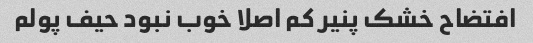
افتضاح خشک پنیر کم اصلا خوب نبود حیف پولم